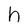
Character: h